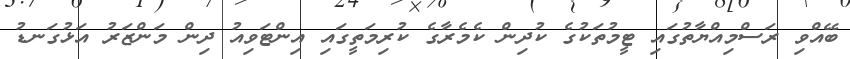
ބޭއްވި ރަސްމިއްޔާތުގައި ޓީމުތަކުގެ ކުދިން ކެމެރާގެ ކުރިމަތީގައި އިންޓަވިއު ދިން މަންޒަރު އަޅުގަނޑު